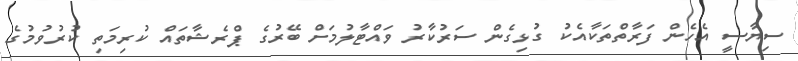
ސިޔާސީ އެހެން ފަރާތްތަކާއެކު ގުޅިގެން ސަރުކާރު ވައްޓާލުމަށް ބޭރުގެ ޕްރެޝާތައް ކުރިމަތި ކުރުވުމުގެ